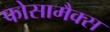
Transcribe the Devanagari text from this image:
फोसामैक्स